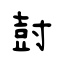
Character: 尌